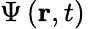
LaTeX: \Psi\left(\mathbf{r},t\right)\,